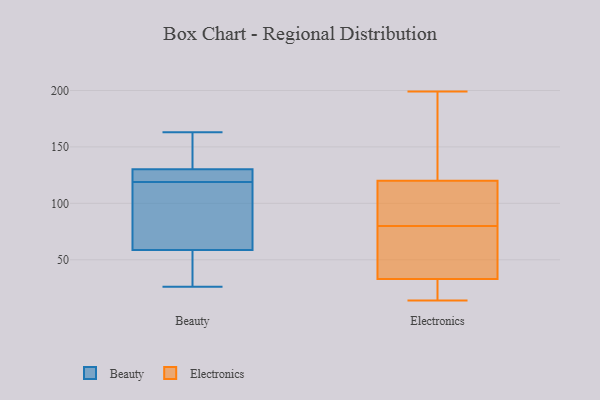
{"axis": {"x": "Latency (ms)", "y": "Value"}, "legend": ["Beauty", "Electronics"], "data": [{"x": "", "y": 46, "type": "Beauty"}, {"x": "", "y": 131, "type": "Beauty"}, {"x": "", "y": 134, "type": "Beauty"}, {"x": "", "y": 35, "type": "Beauty"}, {"x": "", "y": 119, "type": "Beauty"}, {"x": "", "y": 59, "type": "Beauty"}, {"x": "", "y": 114, "type": "Beauty"}, {"x": "", "y": 132, "type": "Beauty"}, {"x": "", "y": 126, "type": "Beauty"}, {"x": "", "y": 127, "type": "Beauty"}, {"x": "", "y": 163, "type": "Beauty"}, {"x": "", "y": 58, "type": "Beauty"}, {"x": "", "y": 83, "type": "Beauty"}, {"x": "", "y": 92, "type": "Beauty"}, {"x": "", "y": 130, "type": "Beauty"}, {"x": "", "y": 26, "type": "Beauty"}, {"x": "", "y": 126, "type": "Beauty"}, {"x": "", "y": 199, "type": "Electronics"}, {"x": "", "y": 35, "type": "Electronics"}, {"x": "", "y": 14, "type": "Electronics"}, {"x": "", "y": 137, "type": "Electronics"}, {"x": "", "y": 119, "type": "Electronics"}, {"x": "", "y": 31, "type": "Electronics"}, {"x": "", "y": 21, "type": "Electronics"}, {"x": "", "y": 97, "type": "Electronics"}, {"x": "", "y": 63, "type": "Electronics"}, {"x": "", "y": 22, "type": "Electronics"}, {"x": "", "y": 190, "type": "Electronics"}, {"x": "", "y": 110, "type": "Electronics"}, {"x": "", "y": 121, "type": "Electronics"}, {"x": "", "y": 117, "type": "Electronics"}, {"x": "", "y": 59, "type": "Electronics"}, {"x": "", "y": 49, "type": "Electronics"}]}